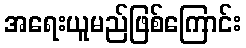
အရေးယူမည်ဖြစ်ကြောင်း